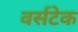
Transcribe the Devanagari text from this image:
वर्सटेक